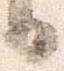
日